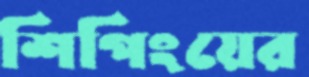
শিপিংয়ের